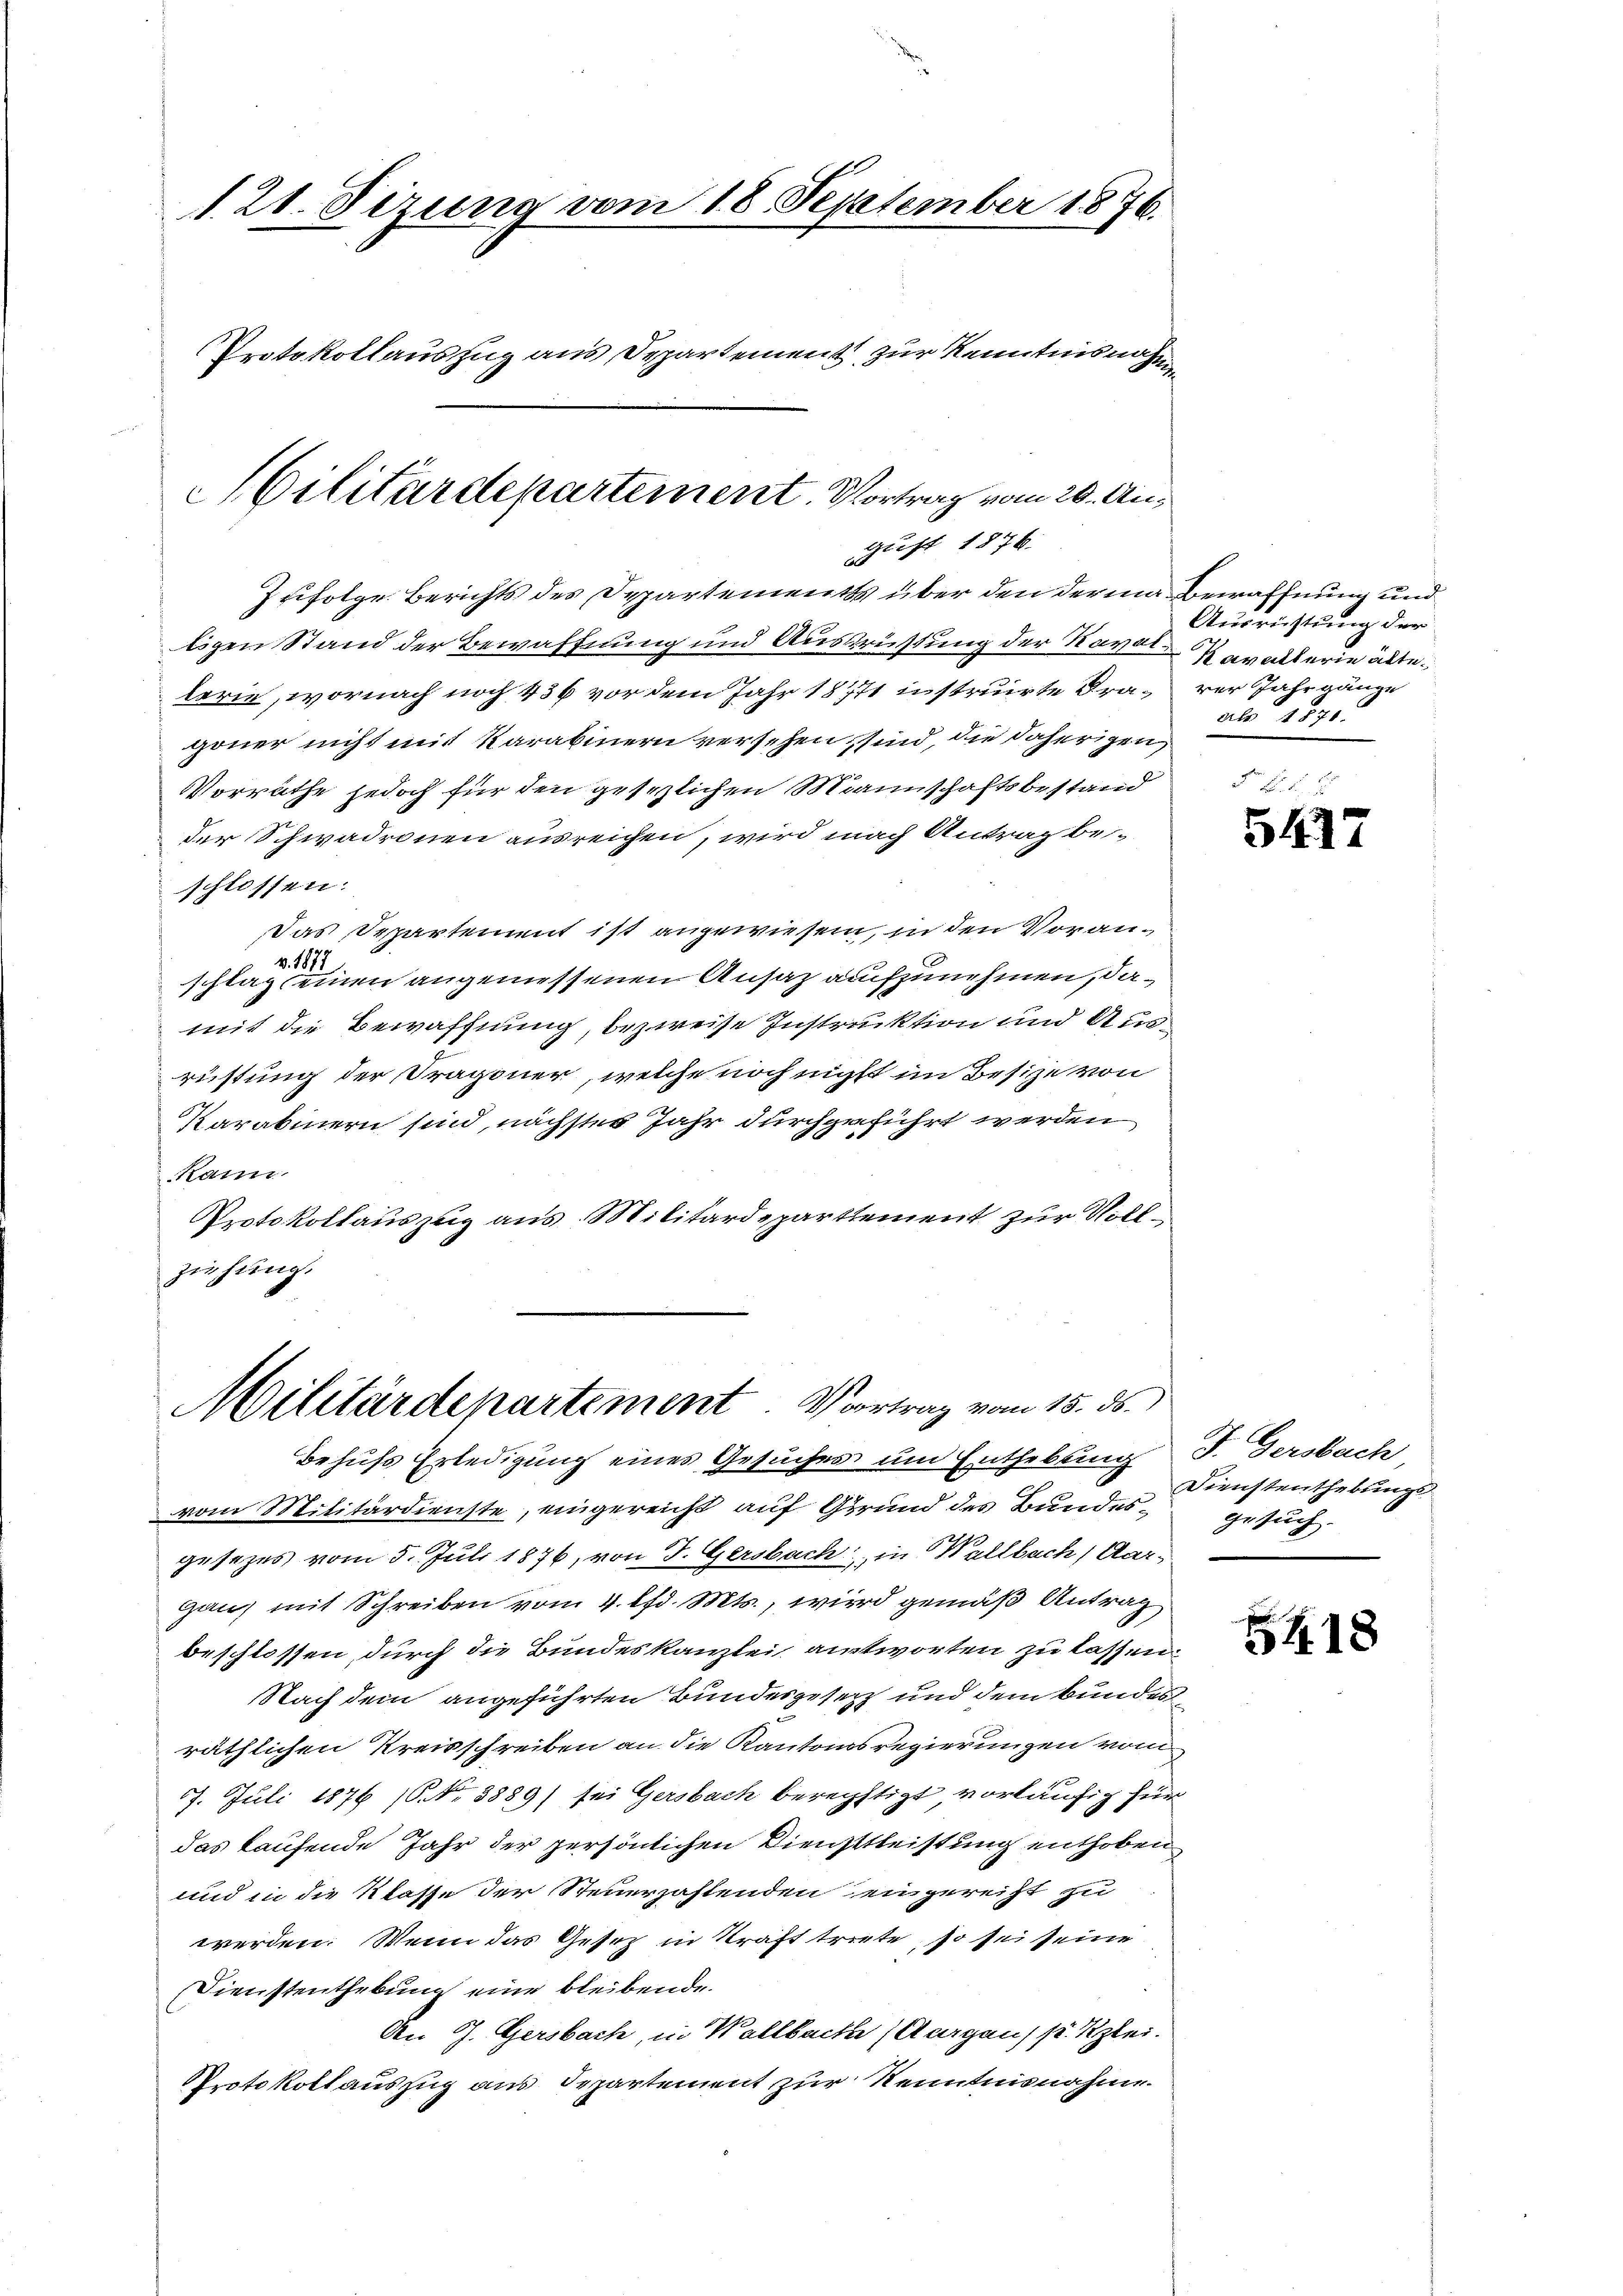
121. Sizung vom 18. September 1876.
Protokollaŭszŭg ans Departement zŭr Kenntnisnahmen
Cilitärdepartement. Vortrag vom 20. Au¬

gust 1876.
b

Zufolge Berichts des Departements über den derina Bewaffnung und
ligen Stand der Bewaffnung und Ausrüstung der Naval Karakterie altelerie, wornach noch 436 vor dem Jahr 18771 instruirte Dragoner nicht mit Karabinern versehen, sind, die daherigen,
Vorräthe jedoch für den gesezlichen Mannschaftsbestand
der Schwadronen ausreichen, wird nach Antrag be-
schlossen:
Das Separtement ist angewiesen, in den Voranv. 1877
schlag einen angemessenen Ansaz aufzunehmen, damit die Bewaffnung, bezweise Instruktion und Ausrüstung der Tragoner, welche noch nichtt im Besize von
Karabinern sind, nächster Jahr durchgeführt werden
kann.
Protokollauszug aus Militärdepartement zur Vollziehung.

Militärdepartement. Vortrag vom 15. ds.

Ausrichtung der
rer Jahrgänge
als 1870.

Behufs Erledigung eines Gesuches um Enthebung I. Dersbach
vom Militärdienste, eingereicht auf Grund des Bundesgesezes vom 5. Juli 1876, von F. Gersbach, in Wallbach, Aarganz mit Schreiben vom 4. lfd. Mts., wird gemäß Antrag
beschlossen, durch die Bundeskanzlei antworten zu lassen.
Nach dem angeführten Bundesgesetz und dem Bundes
räthlichen Kreisschreiben an die Kantonsregierungen vom
7. Juli 1876 10. No 3889) sei Gersbach berechtigt vorläufig für
das kaufende Jahr der persönlichen Diensttleistung enthoben
und in die Klasse der Steuerzahlenden eingereicht zu
werden. Wenn das Gesetz in Kraft triete, so sei seine
Dienstenthebung eine bleibende.
An G. Gersbach, in Wallbache (Aargau s. Klei
Protokollauszug aus Departement zur Kenntnisnahme.

Fr. 15. d. 2
5417

Dienstenthebungs
gesuch

5418